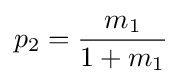
p_{2}={\frac {m_{1}}{1+m_{1}}}\